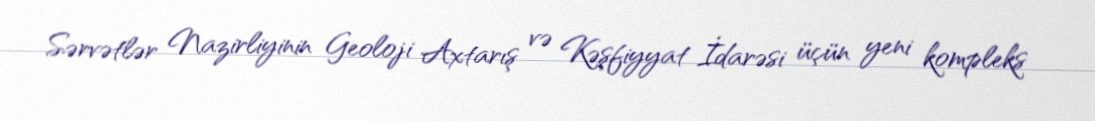
Sərvətlər Nazirliyinin Geoloji Axtarış və Kəşfiyyat İdarəsi üçün yeni kompleks